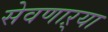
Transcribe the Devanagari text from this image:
सेवणाऱ्या